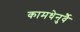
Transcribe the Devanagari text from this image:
कामधेनुर्वै